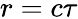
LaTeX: r=c\tau